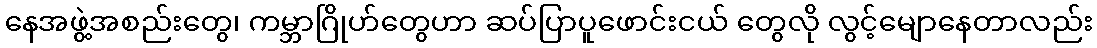
နေအဖွဲ့အစည်းတွေ၊ ကမ္ဘာဂြိုဟ်တွေဟာ ဆပ်ပြာပူဖောင်းငယ် တွေလို လွင့်မျောနေတာလည်း